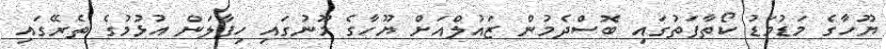
ޔޫހާގެ މަޑުމަޑު ކޯތާފަތުގައި ބޮސްދެމުން ޒައުލްއަށް ޔޫހާގެ މޫނުގައި ހިފާލަން އުޅުމުގެ ތެރޭގައި